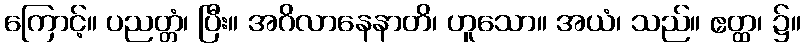
ကြောင့်။ ပညတ္တံ၊ ပြီး။ အဂိလာနေနာတိ၊ ဟူသော။ အယံ၊ သည်။ ဧတ္ထ၊ ၌။